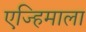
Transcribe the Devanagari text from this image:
एज्हिमाला